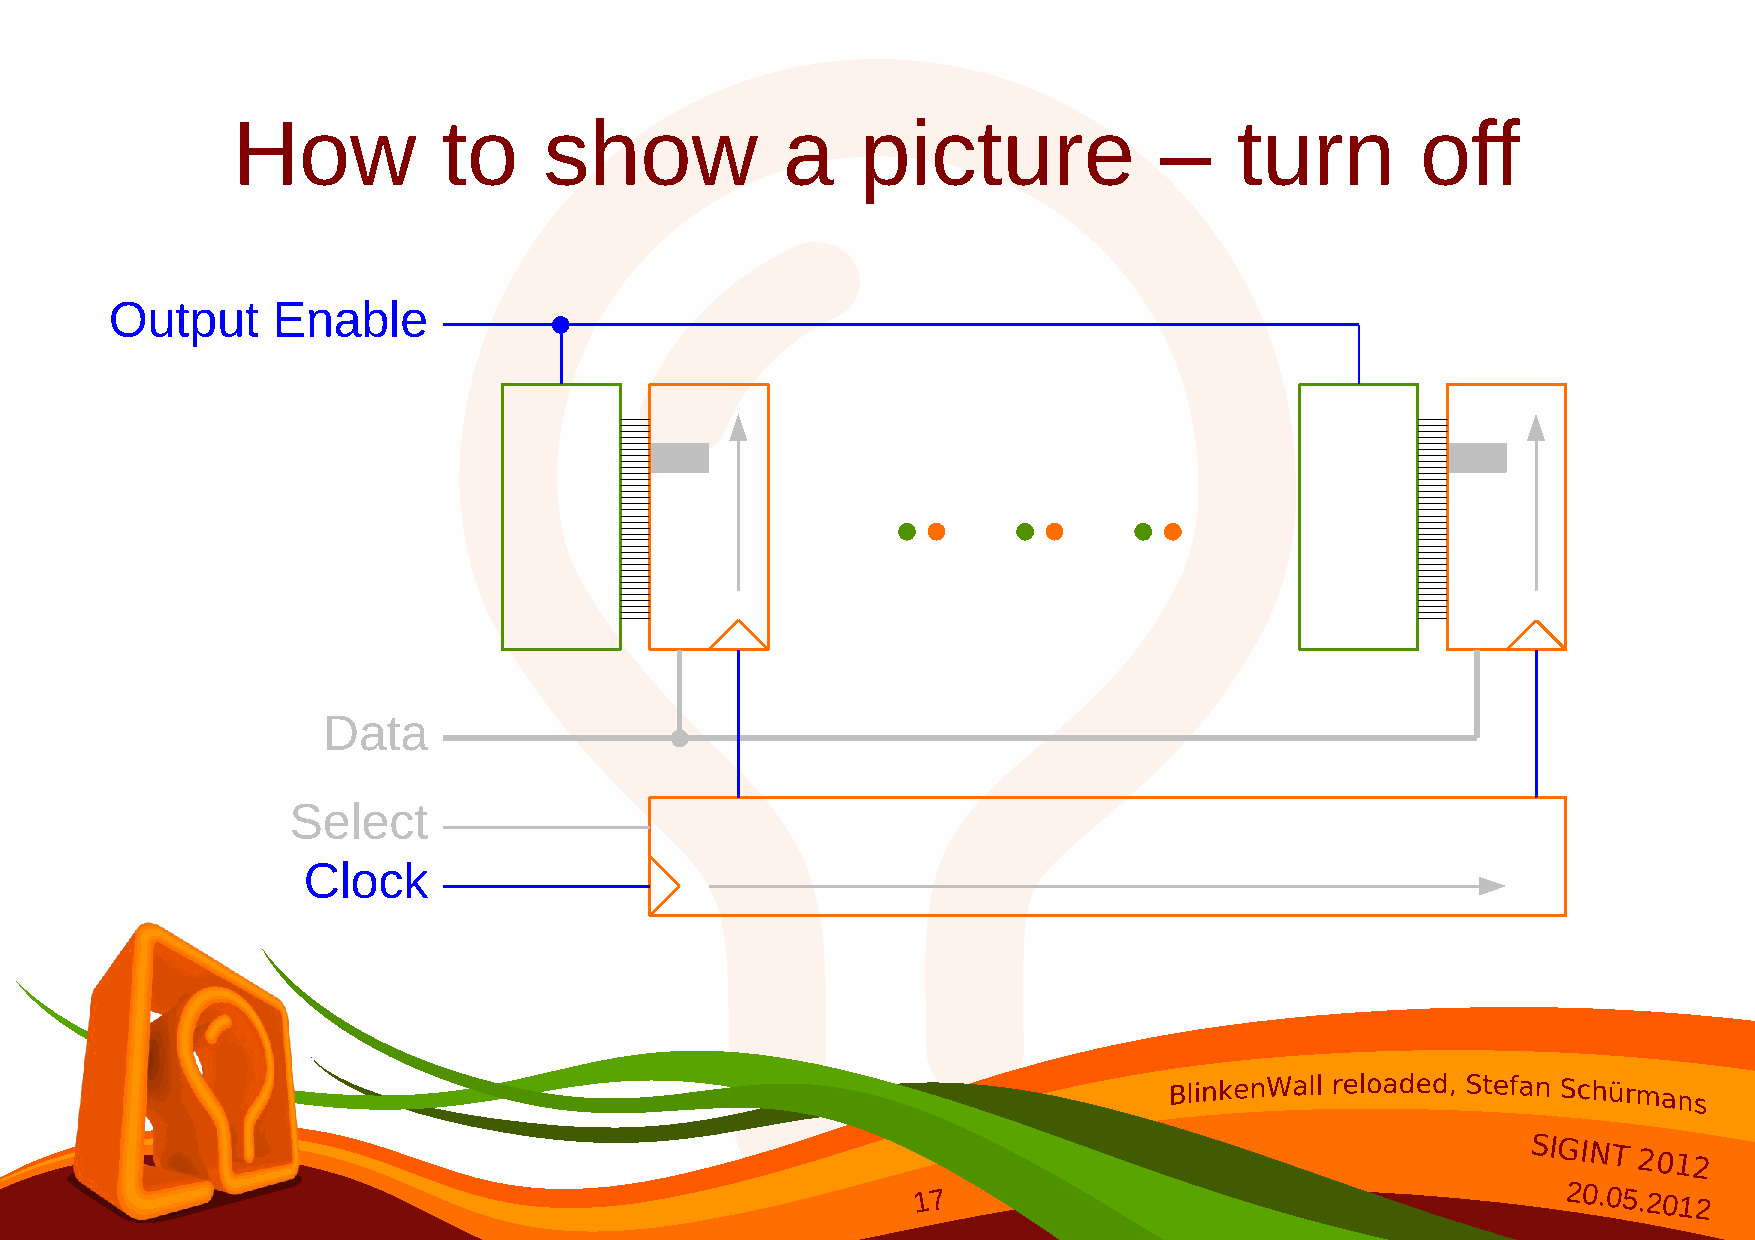
How           to     show            a    picture             –    turn        off
 Output     Enable
 Data
 Select
 Clock
 SIGINT
 2012
 17                                        20.05.2012